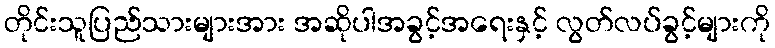
တိုင်းသူပြည်သားများအား အဆိုပါအခွင့်အရေးနှင့် လွတ်လပ်ခွင့်များကို